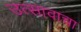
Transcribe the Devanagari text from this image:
उत्सावाचा